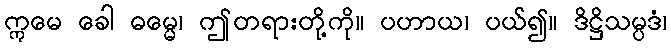
ဣမေ ခေါ ဓမ္မေ၊ ဤတရားတို့ကို။ ပဟာယ၊ ပယ်၍။ ဒိဋ္ဌိသမ္ပဒံ၊